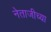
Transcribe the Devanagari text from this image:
नेताजीच्या